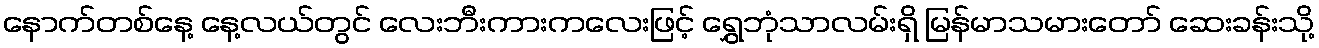
နောက်တစ်နေ့ နေ့လယ်တွင် လေးဘီးကားကလေးဖြင့် ရွှေဘုံသာလမ်းရှိ မြန်မာသမားတော် ဆေးခန်းသို့